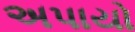
અપાયો